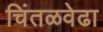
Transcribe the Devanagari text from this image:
चिंतळवेढा